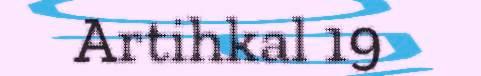
Artihkal 19